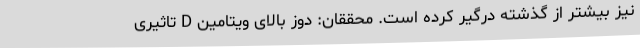
نیز بیشتر از گذشته درگیر کرده است. محققان: دوز بالای ویتامین D تاثیری